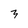
Character: 3